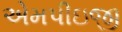
એમપીઇજી